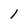
Character: 1